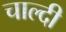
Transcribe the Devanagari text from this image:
चाल्दी